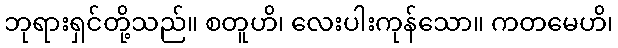
ဘုရားရှင်တို့သည်။ စတူဟိ၊ လေးပါးကုန်သော။ ကတမေဟိ၊